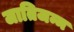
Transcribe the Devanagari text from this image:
जातिजन्म